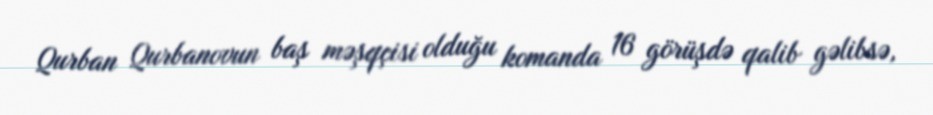
Qurban Qurbanovun baş məşqçisi olduğu komanda 16 görüşdə qalib gəlibsə,